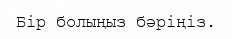
Бір болыңыз бәріңіз.